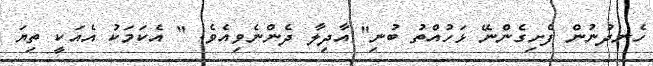
ހެނދުނުން ފެށިގެންނޭ ޅަހުއްތު ބުނި" އާދިލާ ދެންނެވިއެވެ. " އެކަމަކު އެއަކީ ތިޔަ